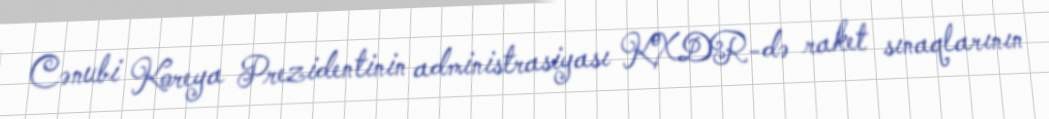
Cənubi Koreya Prezidentinin administrasiyası KXDR-də raket sınaqlarının